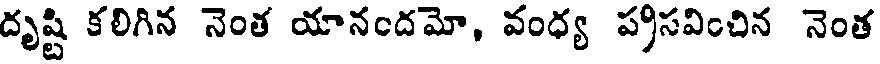
దృష్టి కలిగిన నెంత యానందమో, వంధ్య ప్రసవించిన నెంత